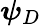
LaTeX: \boldsymbol{\psi}_{D}